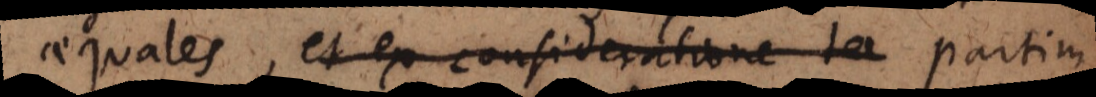
aequales, et ex consideratione ter partim